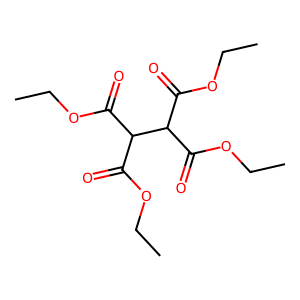
SMILES: CCOC(=O)C(C(=O)OCC)C(C(=O)OCC)C(=O)OCC
Inhibits HIV replication: No